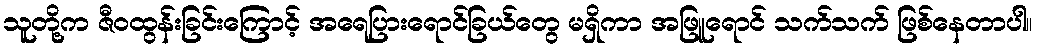
သူတို့က ဇီဝထွန်းခြင်းကြောင့် အရေပြားရောင်ခြယ်တွေ မရှိကာ အဖြူရောင် သက်သက် ဖြစ်နေတာပါ။